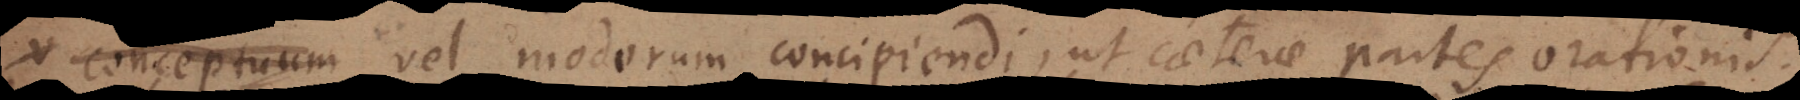
Nomina, vel modorum concipiendi, ut caeterae partes orationis.